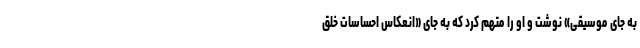
به جای موسیقی» نوشت و او را متهم كرد که به جای «انعكاس احساسات خلق